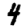
Digit: 4